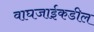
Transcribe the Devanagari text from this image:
वाघजाईकडील